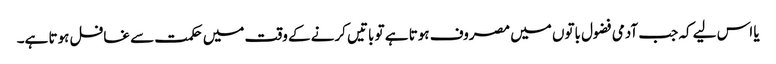
یا اس لیے کہ جب آدمی فضول باتوں میں مصروف ہوتا ہے تو باتیں کرنے کے وقت میں حکمت سے غافل ہوتا ہے۔